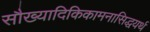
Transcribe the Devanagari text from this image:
सौख्यादिकिकामनासिद्धयर्थ